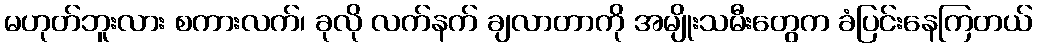
မဟုတ်ဘူးလား စကားလက်၊ ခုလို လက်နက် ချလာတာကို အမျိုးသမီးတွေက ခံပြင်းနေကြတယ်